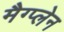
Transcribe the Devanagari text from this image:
मैग्प्लेन